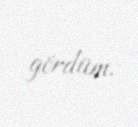
gördüm.